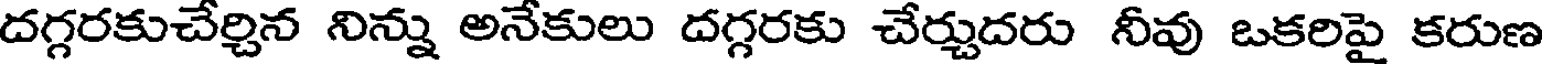
దగ్గరకుచేర్చిన నిన్ను అనేకులు దగ్గరకు చేర్చుదరు నీవు ఒకరిపై కరుణ